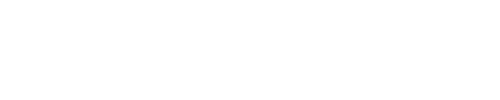
\fbox { ( \lambda - i s _ { q } ) ^ { N } Q _ { s _ { q } } ( \lambda + i ) + ( \lambda + i s _ { q } ) ^ { N } Q _ { s _ { q } } ( \lambda - i ) = T _ { \frac { 1 } { 2 } s _ { q } } ( \lambda ; s _ { q } ) Q _ { s _ { q } } ( \lambda ) , }